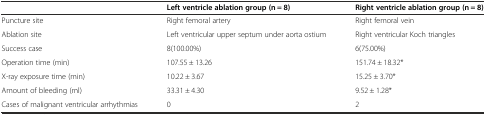
<table><thead><tr><td></td><td><b>Left ventricle ablation group (n = 8)</b></td><td><b>Right ventricle ablation group (n = 8)</b></td></tr></thead><tbody><tr><td>Puncture site</td><td>Right femoral artery</td><td>Right femoral vein</td></tr><tr><td>Ablation site</td><td>Left ventricular upper septum under aorta ostium</td><td>Right ventricular Koch triangles</td></tr><tr><td>Success case</td><td>8(100.00%)</td><td>6(75.00%)</td></tr><tr><td>Operation time (min)</td><td>107.55 ± 13.26</td><td>151.74 ± 18.32*</td></tr><tr><td>X-ray exposure time (min)</td><td>10.22 ± 3.67</td><td>15.25 ± 3.70*</td></tr><tr><td>Amount of bleeding (ml)</td><td>33.31 ± 4.30</td><td>9.52 ± 1.28*</td></tr><tr><td>Cases of malignant ventricular arrhythmias</td><td>0</td><td>2</td></tr></tbody></table>